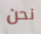
نحن